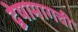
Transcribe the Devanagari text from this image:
द्वेषामागची